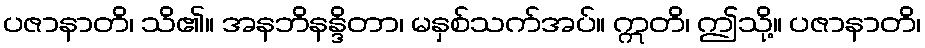
ပဇာနာတိ၊ သိ၏။ အနဘိနန္ဒိတာ၊ မနှစ်သက်အပ်။ ဣတိ၊ ဤသို့။ ပဇာနာတိ၊